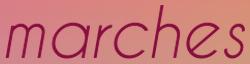
marches